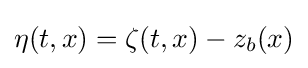
\eta (t,x)=\zeta (t,x)-z_{b}(x)